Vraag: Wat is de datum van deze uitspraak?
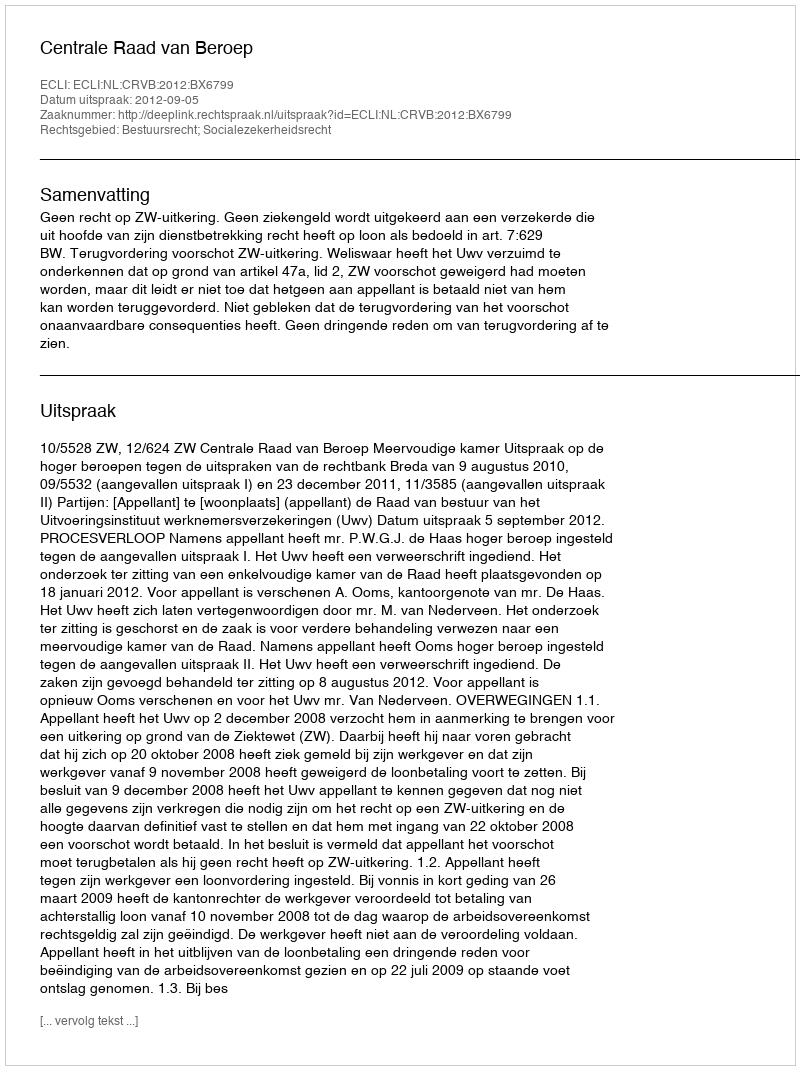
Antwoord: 2012-09-05